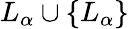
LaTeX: L_{\alpha}\cup\{ L_{\alpha}\}